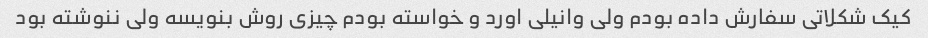
کیک شکلاتی سفارش داده بودم ولی وانیلی اورد و خواسته بودم چیزی روش بنویسه ولی ننوشته بود